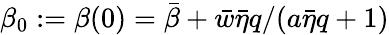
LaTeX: \beta_{0}:=\beta(0)=\bar{\beta}+\bar{w}\bar{\eta}q/(a\bar{\eta}q+1)